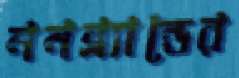
ননব্র্যান্ডের